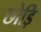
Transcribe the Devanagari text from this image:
छोड़ि